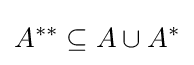
A^{**}\subseteq A\cup A^{*}